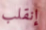
إنقلب